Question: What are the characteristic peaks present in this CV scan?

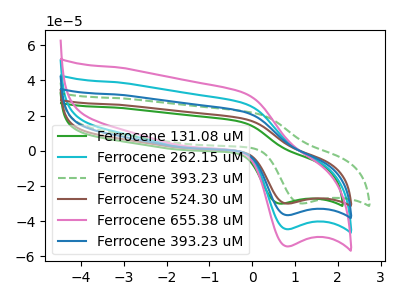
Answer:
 <answer>The green curve "Ferrocene 131.08 uM" has an anodic peak at (-0.30V, 16.75uA) and a cathodic peak at (0.65V, -30.05uA). The cyan curve "Ferrocene 262.15 uM" has an anodic peak at (-0.20V, 44.35uA) and a cathodic peak at (0.80V, -73.20uA). The green dashed curve "Ferrocene 393.23 uM" has an anodic peak at (0.10V, 21.30uA) and a cathodic peak at (1.15V, -29.95uA). The brown curve "Ferrocene 524.30 uM" has an anodic peak at (-0.20V, 18.20uA) and a cathodic peak at (0.80V, -30.05uA). The pink curve "Ferrocene 655.38 uM" has an anodic peak at (-0.20V, 66.50uA) and a cathodic peak at (0.80V, -109.80uA). The blue curve "Ferrocene 393.23 uM" has an anodic peak at (-0.20V, 22.15uA) and a cathodic peak at (0.80V, -36.60uA).</answer>
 <eval></eval>